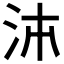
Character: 𭰉